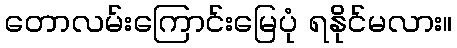
တောလမ်းကြောင်းမြေပုံ ရနိုင်မလား။